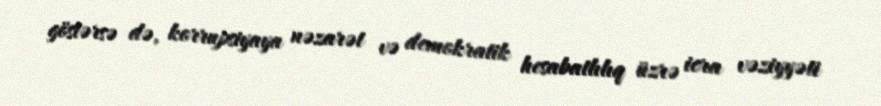
göstərsə də, korrupsiyaya nəzarət və demokratik hesabatlılıq üzrə icra vəziyyəti